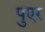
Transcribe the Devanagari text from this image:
पुएर